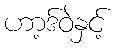
ဟာ့ဒ်ဝဲနှင့်